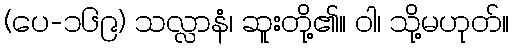
(ပေ-၁၆၉) သလ္လာနံ၊ ဆူးတို့၏။ ဝါ၊ သို့မဟုတ်။